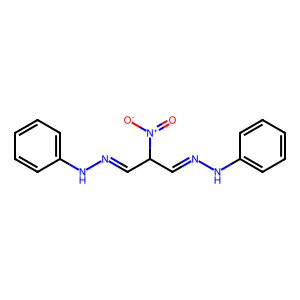
SMILES: O=[N+]([O-])C(C=NNc1ccccc1)C=NNc1ccccc1
Inhibits HIV replication: No